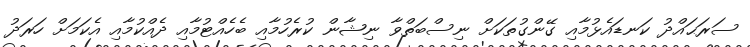
ސަރަޙައްދު ކަނޑައެޅުމާއި ގޭންގުތަކަށް ނިސްބަތްވާ ނިޝާން ކުރެހުމާއި ބެހެއްޓުމާއި ދެއްކުމާއި އެކަމަށް ހަރަދު